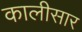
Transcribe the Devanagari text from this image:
कालीसार